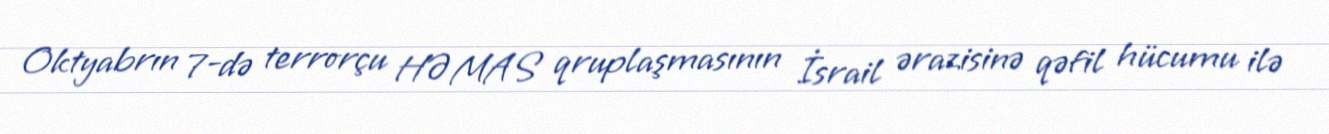
Oktyabrın 7-də terrorçu HƏMAS qruplaşmasının İsrail ərazisinə qəfil hücumu ilə